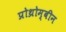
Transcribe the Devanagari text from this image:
प्रोथ्रोम्बीन